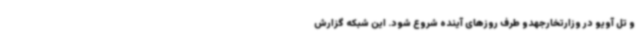
و تل آویو در وزارتخارجهدو طرف روزهای آینده شروع شود. این شبکه گزارش